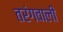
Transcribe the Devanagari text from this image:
तरंगवाली